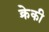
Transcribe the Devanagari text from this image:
क्रेकी